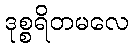
ဒုစ္စရိတမလေ